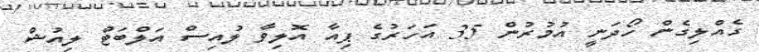
ގެއްލިގެން ހޯދަނީ އުމުރުން 35 އަހަރުގެ ޕިއާ އޮލިވާ ލުއިސް އަލްބަޓް ލިއުޝް